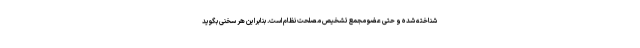
شناخته شده و حتی عضو مجمع تشخیص مصلحت نظام است. بنابراین هر سخنی بگوید